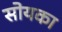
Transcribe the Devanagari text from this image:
सोयका